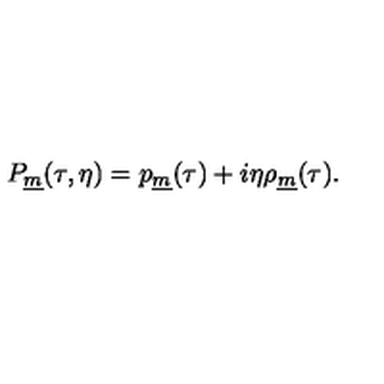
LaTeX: P _ { \underline { m } } ( \tau , \eta ) = p _ { \underline { m } } ( \tau ) + i \eta \rho _ { \underline { m } } ( \tau ) .